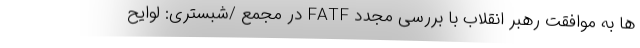
ها به موافقت رهبر انقلاب با بررسی مجدد FATF در مجمع /شبستری: لوایح